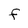
Character: F